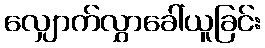
လျှောက်လွှာခေါ်ယူခြင်း